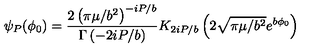
\psi _ { P } ( \phi _ { 0 } ) = \frac { 2 \left( \pi \mu / b ^ { 2 } \right) ^ { - i P / b } } { \Gamma \left( - 2 i P / b \right) } K _ { 2 i P / b } \left( 2 \sqrt { \pi \mu / b ^ { 2 } } e ^ { b \phi _ { 0 } } \right)